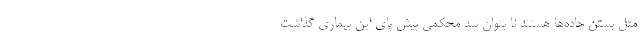
مثل بستن جاده‌ها هستند تا بتوان سد محکمی پیش پای این بیماری گذاشت